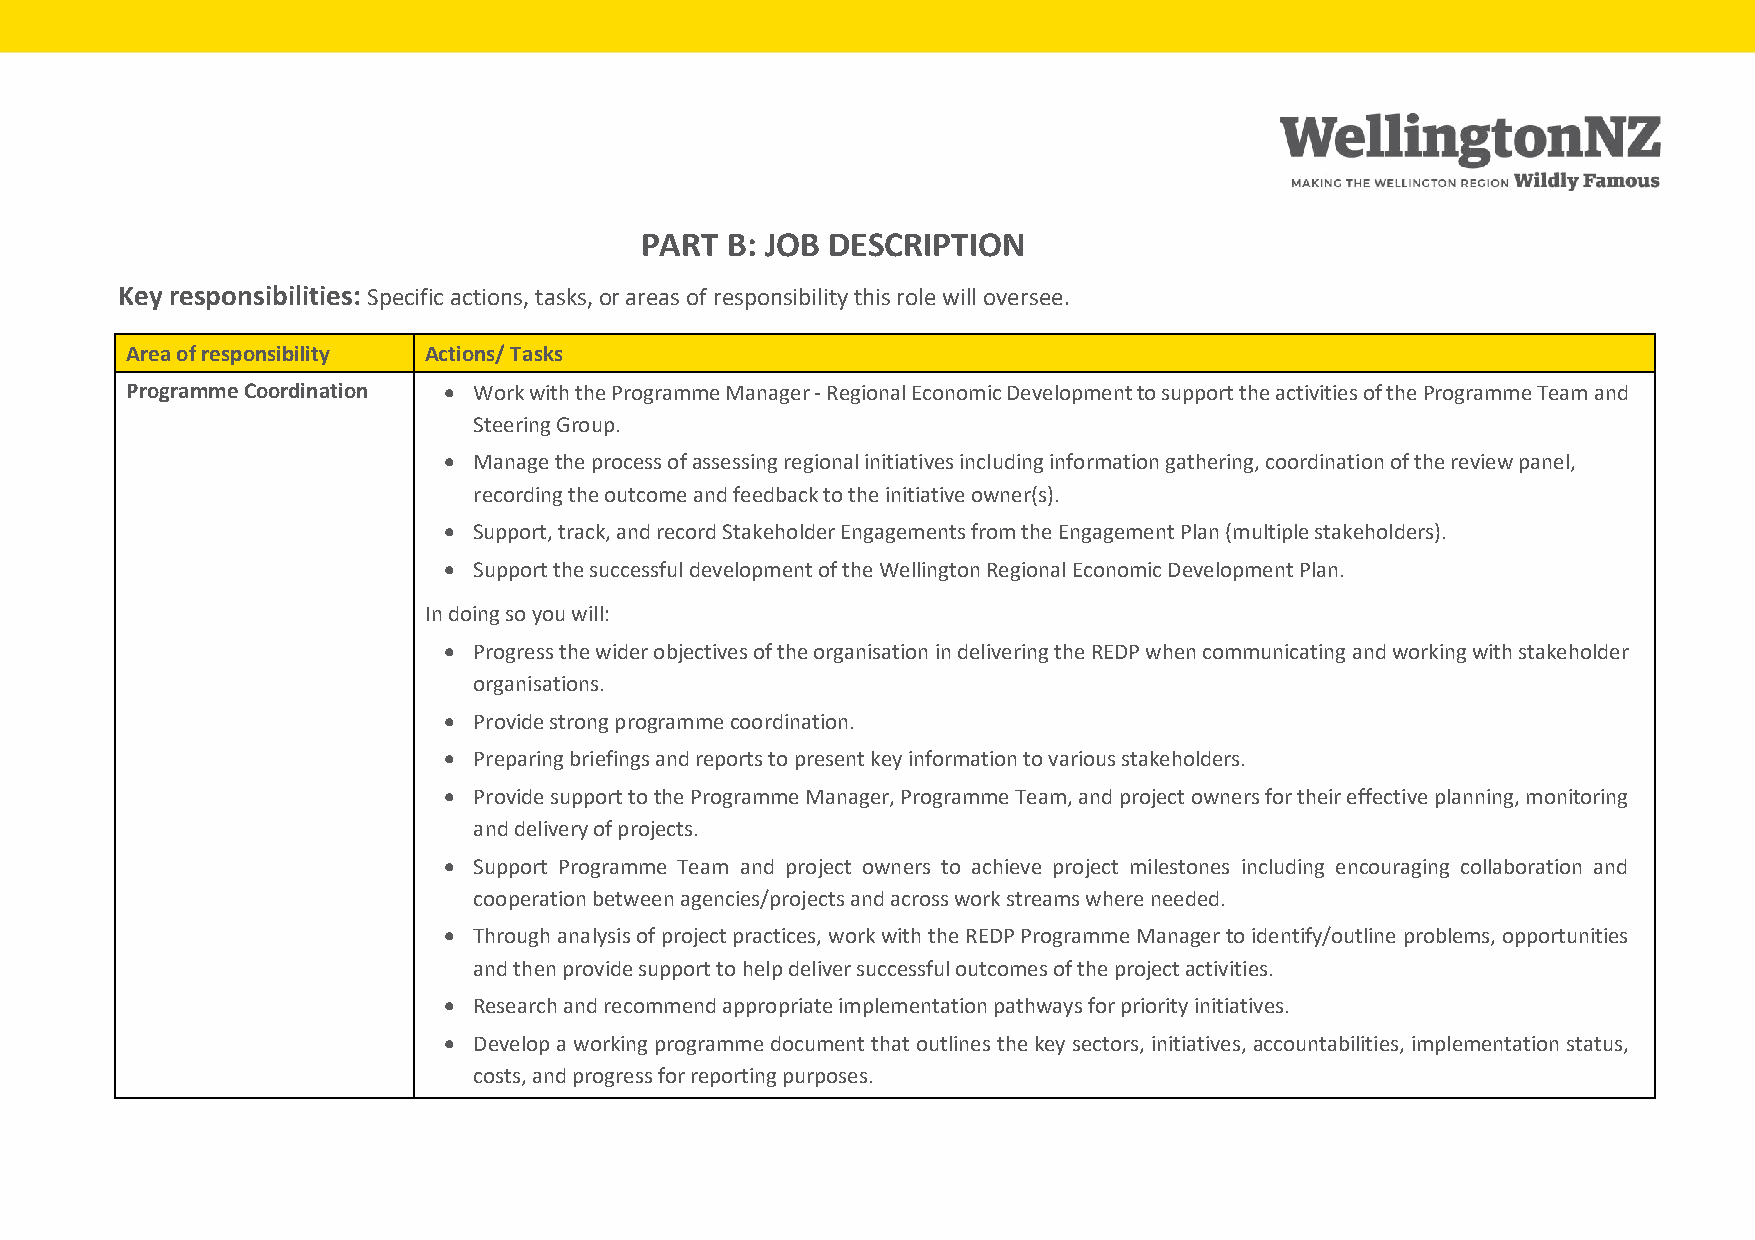
PART  B: JOB DESCRIPTION
 Key responsibilities: Specific actions, tasks, or areas of responsibility this role will oversee.
 Area of responsibility Actions/ Tasks
 Programme Coordination • Work with the Programme Manager - Regional Economic Development to support the activities of the Programme Team and
 Steering Group.
 • Manage the process of assessing regional initiatives including information gathering, coordination of the review panel,
 recording the outcome and feedback to the initiative owner(s).
 • Support, track, and record Stakeholder Engagements from the Engagement Plan (multiple stakeholders).
 • Support the successful development of the Wellington Regional Economic Development Plan.
 In doing so you will:
 • Progress the wider objectives of the organisation in delivering the REDP when communicating and working with stakeholder
 organisations.
 • Provide strong programme coordination.
 • Preparing briefings and reports to present key information to various stakeholders.
 • Provide support to the Programme Manager, Programme Team, and project owners for their effective planning, monitoring
 and delivery of projects.
 • Support Programme Team and project owners to achieve project milestones including encouraging collaboration and
 cooperation between agencies/projects and across work streams where needed.
 • Through analysis of project practices, work with the REDP Programme Manager to identify/outline problems, opportunities
 and then provide support to help deliver successful outcomes of the project activities.
 • Research and recommend appropriate implementation pathways for priority initiatives.
 • Develop a working programme document that outlines the key sectors, initiatives, accountabilities, implementation status,
 costs, and progress for reporting purposes.